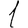
Digit: 1